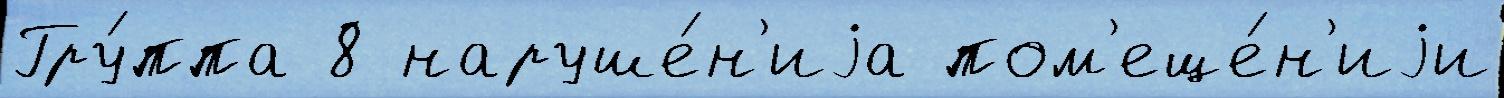
Гру́ппа 8 наруше́н'иjа пом'еще́н'иjи